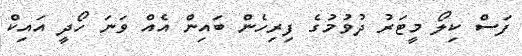
ފަސް ކިލޯ މީޓަރު ދުވުމުގެ ފިރިހެން ބައިން އެއް ވަނަ ހޯދީ އައިކް